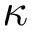
\kappa